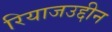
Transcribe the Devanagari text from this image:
रियाजउद्दीन